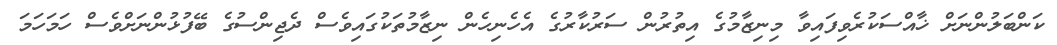
ކަންބަލުންނަށް ޚާއްސަކުރެވިފައިވާ މިނިޒާމުގެ އިތުރުން ސަރުކާރުގެ އެހެނިހެން ނިޒާމުތަކުގައިވެސް ދެޖިންސުގެ ބޭފުޅުންނަށްވެސް ހަމަހަމަ